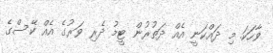
ވާހަކަ. މި ދައްކަނީ އެއް ދަތުރުން ޓީމު ދެރި ވަރުގެ އެއް ކޭސްގެ